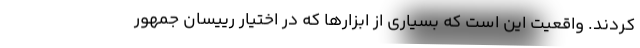
کردند. واقعیت این است که بسیاری از ابزارها که در اختیار رییسان جمهور